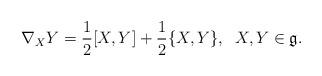
LaTeX: \begin{align*} \nabla_{X}Y=\frac{1}{2}[X,Y]+\frac{1}{2}\{X, Y\}, \;\;X, Y \in \mathfrak g.\end{align*}